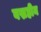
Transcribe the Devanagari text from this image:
वस्रहीन